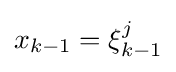
x_{k-1}=\xi _{k-1}^{j}